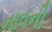
નાવની